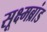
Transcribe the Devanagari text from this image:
सूक्ष्मब्रांड